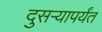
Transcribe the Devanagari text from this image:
दुसऱ्यापर्यंत